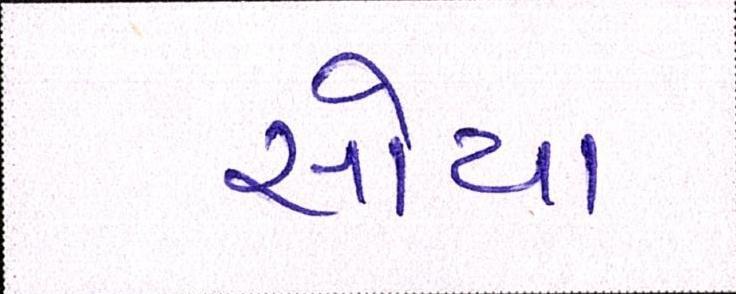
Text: સોયા